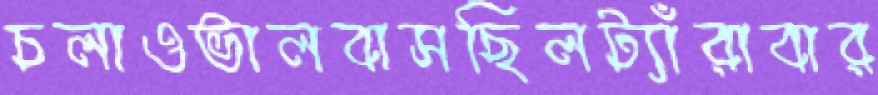
চলাওভালবাসছিলট্যাঁরাবার